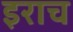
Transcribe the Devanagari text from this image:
इराच